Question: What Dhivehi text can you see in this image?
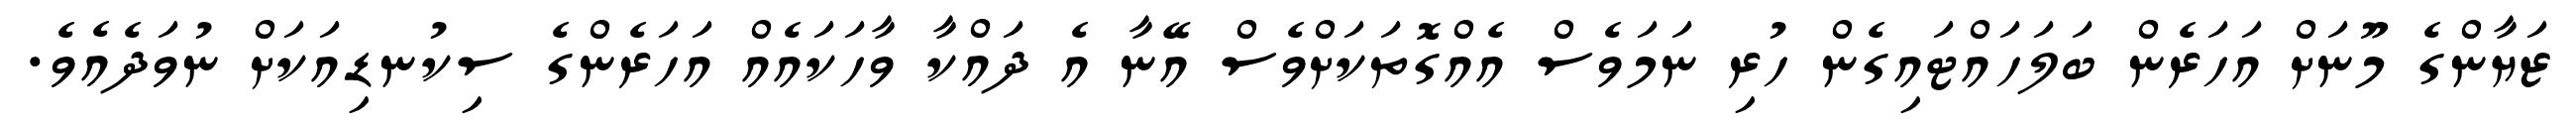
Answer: ޒަޔާންގެ މޫނަށް އަހަރެން ބަލަހައްޓައިގެން ހުރި ނަމަވެސް އެއްގޮތަކަށްވެސް އޭނާ އެ ދައްކާ ވާހަކައެއް އަހަރެންގެ ސިކުނޑިއަކަށް ނުވަދެއެވެ.